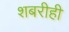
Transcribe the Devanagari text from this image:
शबरीही